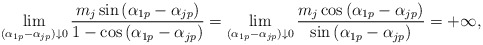
\begin{align*} \lim\limits_{(\alpha_{1p}-\alpha_{jp})\downarrow 0}\frac{m_{j}\sin{(\alpha_{1p}-\alpha_{jp})}}{1-\cos{(\alpha_{1p}-\alpha_{jp})}}=\lim\limits_{(\alpha_{1p}-\alpha_{jp})\downarrow 0}\frac{m_{j}\cos{(\alpha_{1p}-\alpha_{jp})}}{\sin{(\alpha_{1p}-\alpha_{jp})}}=+\infty, \end{align*}